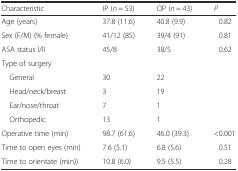
<table><thead><tr><td><b>Characteristic</b></td><td><b>IP (<i>n</i> = 53)</b></td><td><b>OP (<i>n</i> = 43)</b></td><td><b><i>P</i></b></td></tr></thead><tbody><tr><td>Age (years)</td><td>37.8 (11.6)</td><td>40.8 (9.9)</td><td>0.82</td></tr><tr><td>Sex (F/M) (% female)</td><td>41/12 (85)</td><td>39/4 (91)</td><td>0.81</td></tr><tr><td>ASA status I/II</td><td>45/8</td><td>38/5</td><td>0.62</td></tr><tr><td colspan="4">Type of surgery</td></tr><tr><td> General</td><td>30</td><td>22</td><td rowspan="4"></td></tr><tr><td> Head/neck/breast</td><td>3</td><td>19</td></tr><tr><td> Ear/nose/throat</td><td>7</td><td>1</td></tr><tr><td> Orthopedic</td><td>13</td><td>1</td></tr><tr><td>Operative time (min)</td><td>98.7 (61.6)</td><td>46.0 (39.3)</td><td>&lt;0.001</td></tr><tr><td>Time to open eyes (min)</td><td>7.6 (5.1)</td><td>6.8 (5.6)</td><td>0.51</td></tr><tr><td>Time to orientate (min))</td><td>10.8 (6.0)</td><td>9.5 (5.5)</td><td>0.28</td></tr></tbody></table>